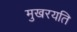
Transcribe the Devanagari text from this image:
मुखरयति